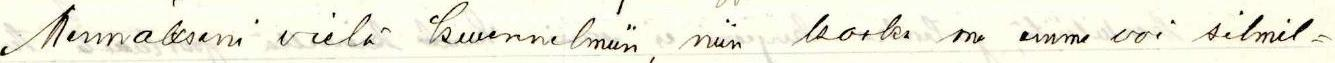
Mennäkseni vielä kuunnelmiin, niin koska me emme voi silmil=